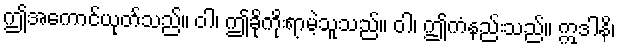
ဤအကောင်ယုတ်သည်။ ဝါ၊ ဤခိုကိုးရာမဲ့သူသည်။ ဝါ၊ ဤကံနည်းသည်။ ဣဒါနိ၊